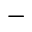
^ -